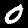
Digit: 0